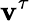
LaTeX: \mathbf{v}^{\tau}